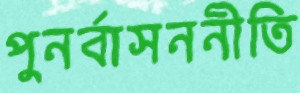
পুনর্বাসননীতি